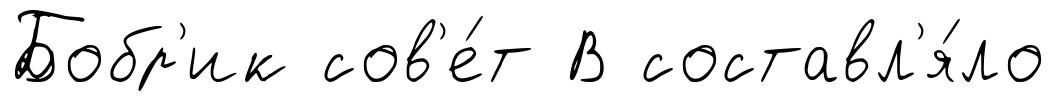
Бобр'ик сов'е́т В составл'я́ло